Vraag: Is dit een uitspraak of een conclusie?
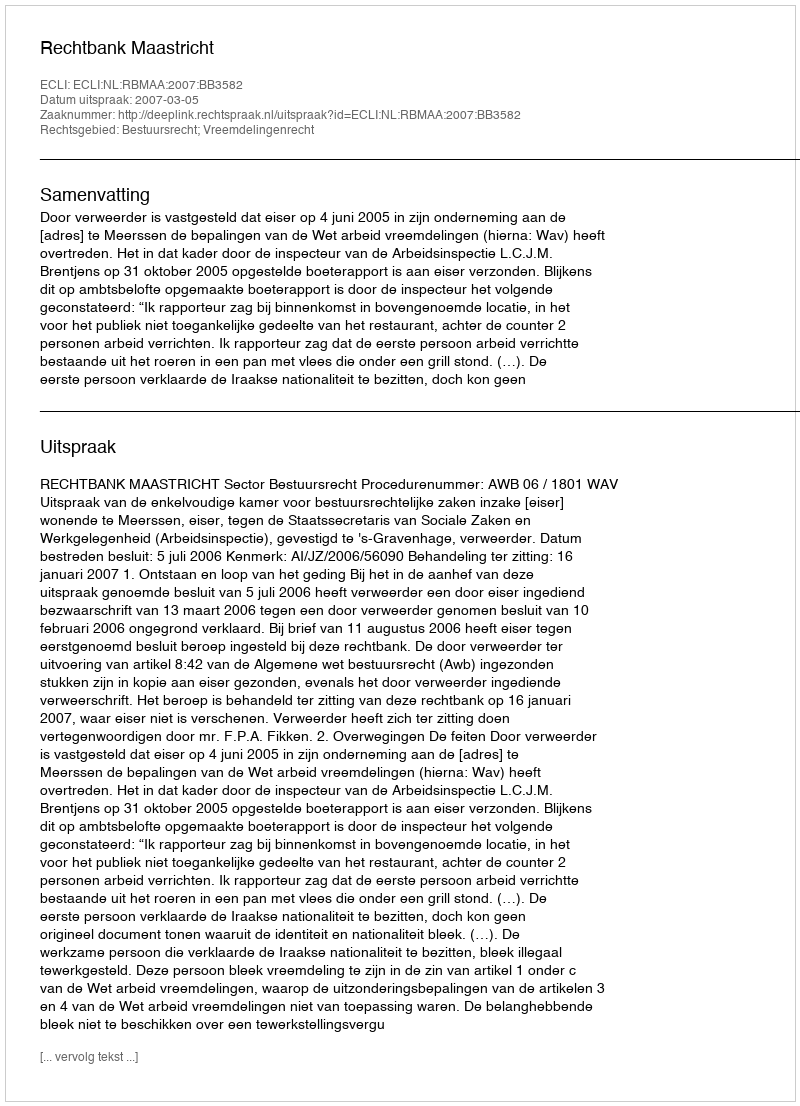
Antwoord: Uitspraak